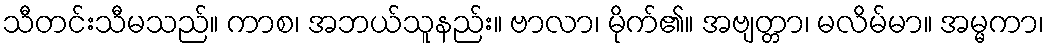
သီတင်းသီမသည်။ ကာစ၊ အဘယ်သူနည်း။ ဗာလာ၊ မိုက်၏။ အဗျတ္တာ၊ မလိမ်မာ။ အမ္မကာ၊